Annual vaccination report of Bihar and Orissa - 1911-1928
Year: 1911
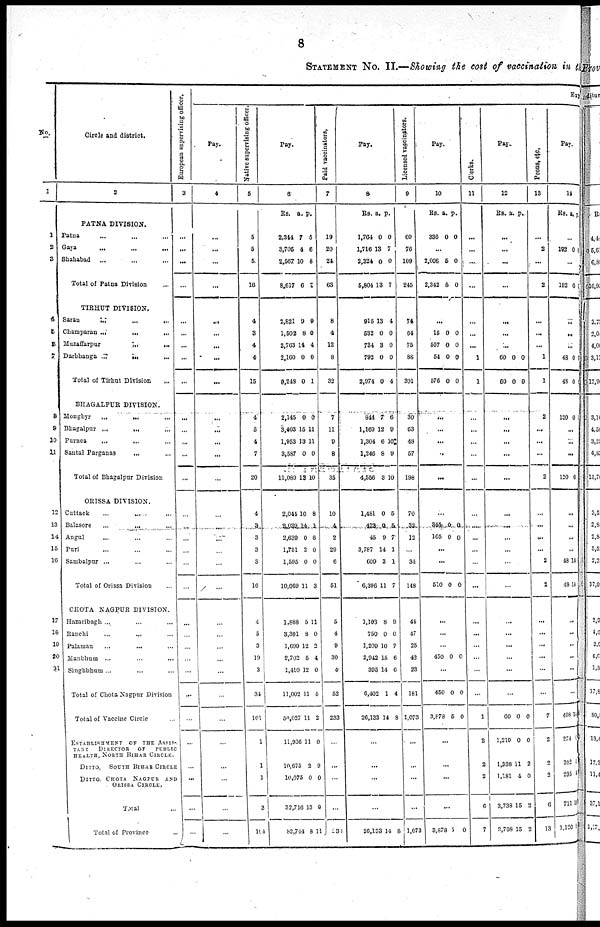
8
STATEMENT NO. II.—Showing the cost of vaccination in the
No.
1
1
2
3
4
5
6
7
8
9
10
11
12
13
14
15
16
17
18
19
20
21
Circle and district.
2
PATNA DIVISION.
Patna ... ... ...
Gaya
...
...
...
Shahabad
...
...
...
Total of Patna Division ...
TIRHUT DIVISION.
Saran
...
...
...
Champaran
...
...
...
Muzaffarpur
...
...
Darbhanga
...
...
...
Total of Tirhut Division ...
BHAGALPUR DIVISION.
Monghyr
...
...
...
Bhagalpur
...
...
...
Purnea
...
...
...
Santal Parganas ... ...
Total of Bhagalpur Division ...
ORISSA DIVISION.
Cattack
...
...
...
Balasore ... ... ...
Angul ... ... ...
Puri ... ... ...
Sambalpur ... ... ...
Total of Orissa Division ...
CHOTA NAGPUR DIVISION.
Hazaribagh ... ... ...
Ranchi ... ... ...
Palamau ... ... ...
Manbhum ... ... ...
Singhbhum ... ... ...
Total of Chota Nagpur Division
Total of Vaccine Circle ...
ESTABLISHMENT OF THE ASSIS-
TANT
DIRECTOR
OF
PUBLIC
HEALTH, NORTH BIHAR CIRCLE.
DITTO,
SOUTH BIHAR CIRCLE
DITTO, CHOTA NAGPUR
AND
ORISSA CIRCLE,
Total ...
Total of Province
...
European supervising officer.
3
...
...
...
...
...
...
...
...
...
...
...
...
...
...
...
...
...
...
...
...
...
...
...
...
...
...
...
...
...
...
...
...
Exp
Pay.
4
...
...
...
...
...
...
...
...
...
...
...
...
...
...
...
...
...
...
...
...
...
...
...
...
...
...
...
...
...
...
...
...
Native supervising officer.
5
5
5
5
16
4
3
4
4
15
4
5
4
7
20
4
3
3
3
3
16
4
5
3
19
3
34
101
1
1
1
3
104
Pay.
6
Rs. a. p.
2,344
3,705
2,567
8,617
7
4
10
6
5
6
8
7
2,821
1,502
2,763
2,160
9,248
9
8
14
0
0
9
0
4
0
1
2,145
3,403
1,953
3,587
11,089
0
15
13
0
13
0
11
11
0
10
2,044
2,039
2,639
1,751
1,595
10,069
10
14
0
2
0
11
8
1
6
0
0
3
1,888
3,301
1,690
2,702
1,410
11,002
50,037
11,966
10,675
10,075
32,716
82,744
5
8
12
5
12
11
11
11
2
0
13
8
11
0
2
4
0
5
2
0
9
0
9
11
Paid vaccinators,
7
19
20
24
63
8
4
12
8
32
7
11
9
8
35
10
4
2
29
6
51
5
4
9
30
4
52
233
...
...
...
...
238
Pay.
8
Rs. a. p.
1,764
1,716
2,324
5,804
0
13
0
13
0
7
0
7
915
532
734
792
2,974
13
0
3
0
0
4
0
0
0
4
844
1,160
1,304
1,246
4,556
7
12
6
8
3
6
9
10
9
10
1,481
473
45
3,787
609
6,396
0
0
9
14
3
11
5
5
7
1
1
7
1,103
750
1,209
2,942
395
6,402
26,133
8
0
10
15
14
1
14
9
0
7
6
6
4
8
...
...
...
...
26,133 14 8
Licensed vaccinators.
9
60
76
109
245
74
64
75
88
301
30
63
48
57
198
70
32
12
...
34
148
41
47
25
42
23
181
1,073
...
...
...
...
1,073
Pay.
10
Rs. a. p.
336 0 0
...
2,006
2,342
5
5
0
0
...
15
507
54
576
0
0
0
0
0
0
0
0
...
...
...
...
...
...
345
165
0
0
0
0
...
...
510 0 0
...
...
...
450 0 0
...
450
3,878
0
5
0
0
...
...
...
...
3,878 5 0
Clerks.
11
...
...
...
...
...
...
...
1
1
...
...
...
...
...
...
...
...
...
...
...
...
...
...
...
...
...
1
2
2
2
6
7
Pay.
12
RS. a. p.
...
...
...
...
...
...
...
60
60
0
0
0
0
...
...
...
...
...
...
...
...
...
...
...
...
...
...
...
...
...
60
1,210
1,338
1,181
3,738
3,798
0
0
11
4
15
15
0
0
2
0
2
2
Peons, etc.
13
...
2
...
2
...
...
...
1
1
2
...
...
...
2
...
...
...
...
2
2
...
...
...
...
...
...
7
2
2
2
6
13
Pay.
14
Rs. a. p.
...
192 0 0
...
192 0 0
...
...
...
48
48
0
0
0
0
120 0 0
...
...
...
120 0 0
...
...
...
...
48
48
14
14
...
...
...
...
...
...
408
274
202
235
711
1,120
14